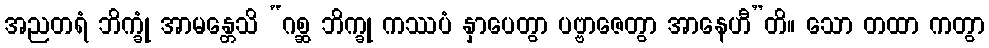
အညတရံ ဘိက္ခုံ အာမန္တေသိ “ဂစ္ဆ ဘိက္ခု ကဿပံ နှာပေတွာ ပဗ္ဗာဇေတွာ အာနေဟီ”တိ။ သော တထာ ကတွာ